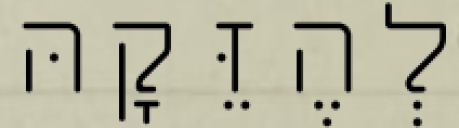
לְהֶזֵּקָהּ